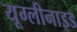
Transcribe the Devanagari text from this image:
यूग्लीनाइड